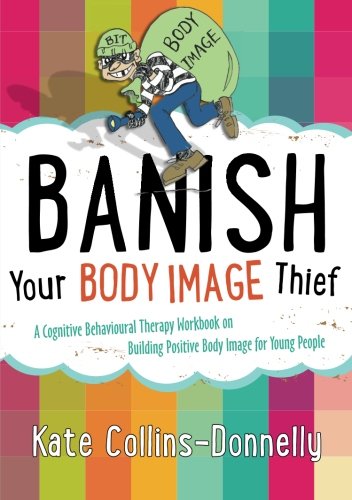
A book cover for Banish Your Body Image Thief: A Cognitive Behavioural Therapy Workbook on Building Positive Body Image for Young People (Gremlin and Thief CBT Workbooks); Kate Collins-Donnelly; Teen & Young Adult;